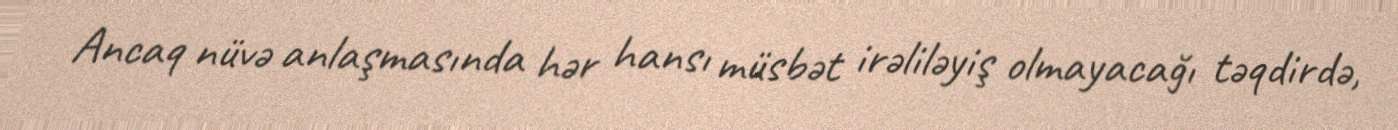
Ancaq nüvə anlaşmasında hər hansı müsbət irəliləyiş olmayacağı təqdirdə,